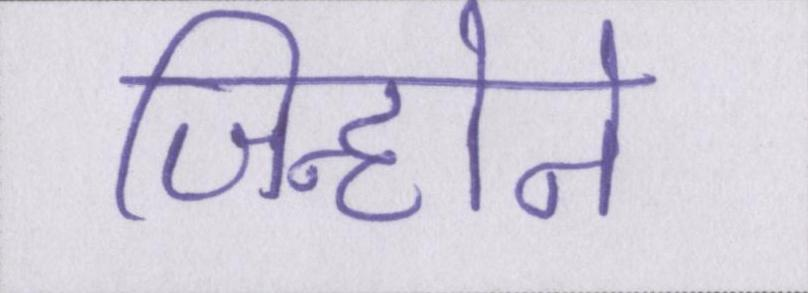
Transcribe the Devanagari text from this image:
जिन्होने